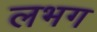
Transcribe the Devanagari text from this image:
लभग